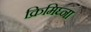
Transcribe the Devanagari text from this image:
क्रिमिघ्ना